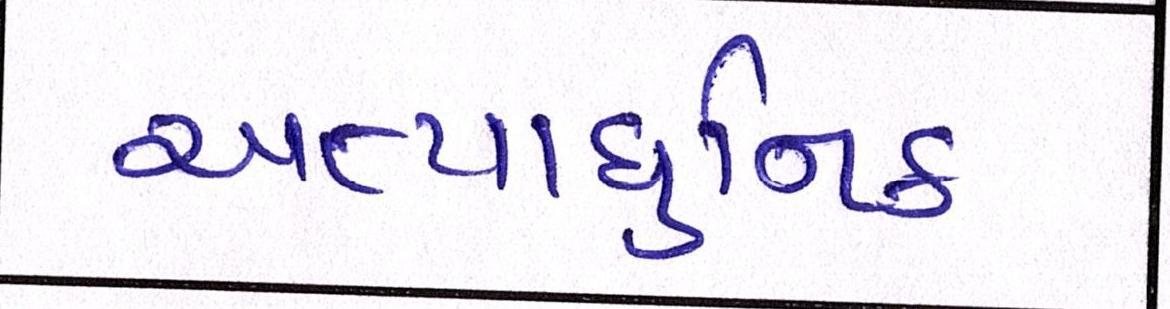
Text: અત્યાધુનિક